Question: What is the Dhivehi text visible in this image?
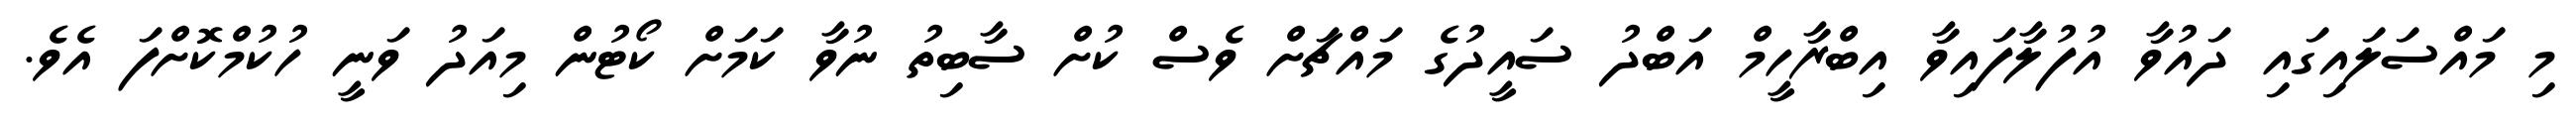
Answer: މި މައްސަލައިގައި ދައުވާ އުފުލާފައިވާ އިބްރާހީމް އަބްދު ސައީދުގެ މައްޗަށް ވެސް ކުށް ސާބިތު ނުވާ ކަމަށް ކޯޓުން މިއަދު ވަނީ ހުކުމްކޮށްފަ އެވެ.